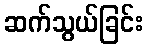
ဆက်သွယ်ခြင်း